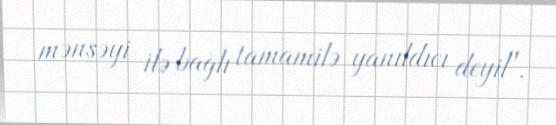
mənşəyi ilə bağlı tamamilə yanıldıcı deyil".